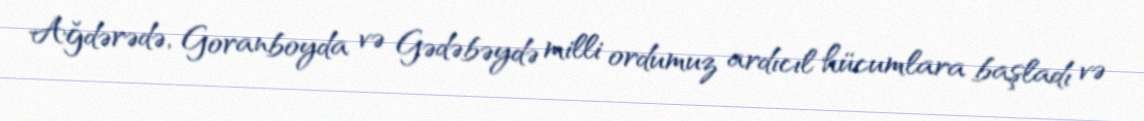
Ağdərədə, Goranboyda və Gədəbəydə milli ordumuz ardıcıl hücumlara başladı və